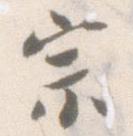
宗